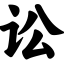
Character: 讼